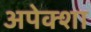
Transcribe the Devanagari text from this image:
अपेक्शा